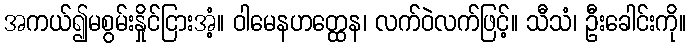
အကယ်၍မစွမ်းနှိုင်ငြားအံ့။ ဝါမေနဟတ္ထေန၊ လက်ဝဲလက်ဖြင့်။ သီသံ၊ ဦးခေါင်းကို။